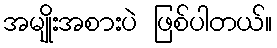
အမျိုးအစားပဲ ဖြစ်ပါတယ်။